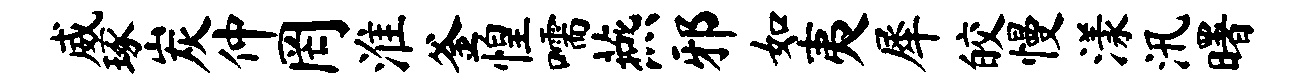
威琢炭仲罔淮釜惶嚅燕邪如夷犀皎慢漾汛曙